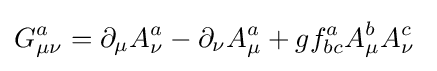
G_{\mu \nu }^{a}=\partial _{\mu }A_{\nu }^{a}-\partial _{\nu }A_{\mu }^{a}+gf_{bc}^{a}A_{\mu }^{b}A_{\nu }^{c}~